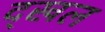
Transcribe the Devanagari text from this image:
द्खल